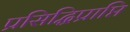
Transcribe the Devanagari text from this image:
प्रसिद्धिप्राप्ति